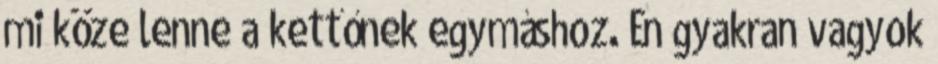
mi köze lenne a kettőnek egymáshoz. Én gyakran vagyok